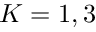
K = 1 , 3